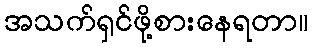
အသက်ရှင်ဖို့စားနေရတာ။